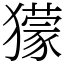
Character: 獴